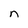
Character: n